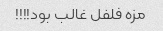
مزه فلفل غالب بود!!!!